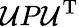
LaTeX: \mathcal{U}P\mathcal{U}^{\mathrm{{{T}}}}